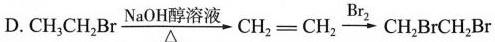
D.$$CH_{3}CH_{2}Br \xrightarrow[\triangle ]{NaOH醇溶液}CH_{2}=CH_{2}\xrightarrow[]{Br_{2}}CH_{2}BrCH_{2}Br$$